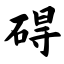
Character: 碍